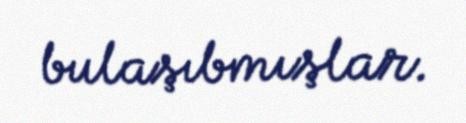
bulaşıbmışlar.